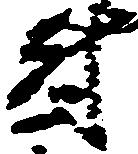
尉